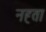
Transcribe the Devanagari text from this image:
नह्ता